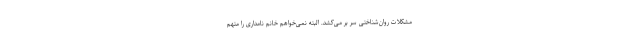
مشکلات روان‌شناختی سر بر می‌کشد. البته نمی‌خواهم خانم نامداری را متهم